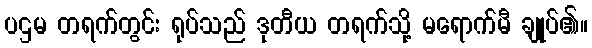
ပဌမ တရက်တွင်း ရုပ်သည် ဒုတီယ တရက်သို့ မရောက်မီ ချုပ်၏။